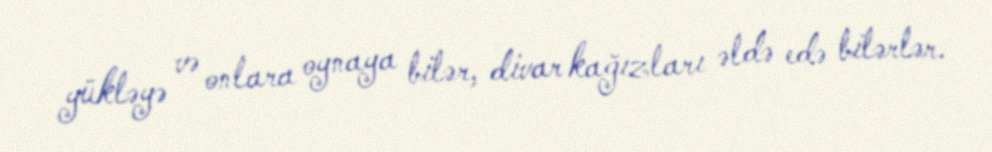
yükləyə və onlara oynaya bilər, divar kağızları əldə edə bilərlər.